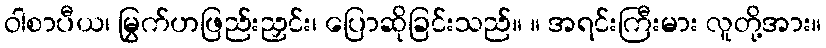
ဝါစာပီယ၊ မြွက်ဟဖြည်းညှင်း၊ ပြောဆိုခြင်းသည်။ ။ အရင်းကြီးမား လူတို့အား။